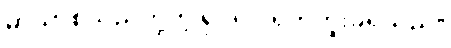
မာယာစသည်တို့ကို ရုပ်ရှင် ရိုက်ကူးခဲ့ရသည်။